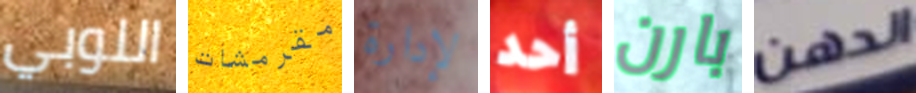
اللوبي مقرمشات لإدارة أحد بارن الدهن